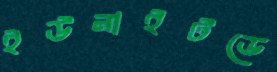
ইউনাইটডে